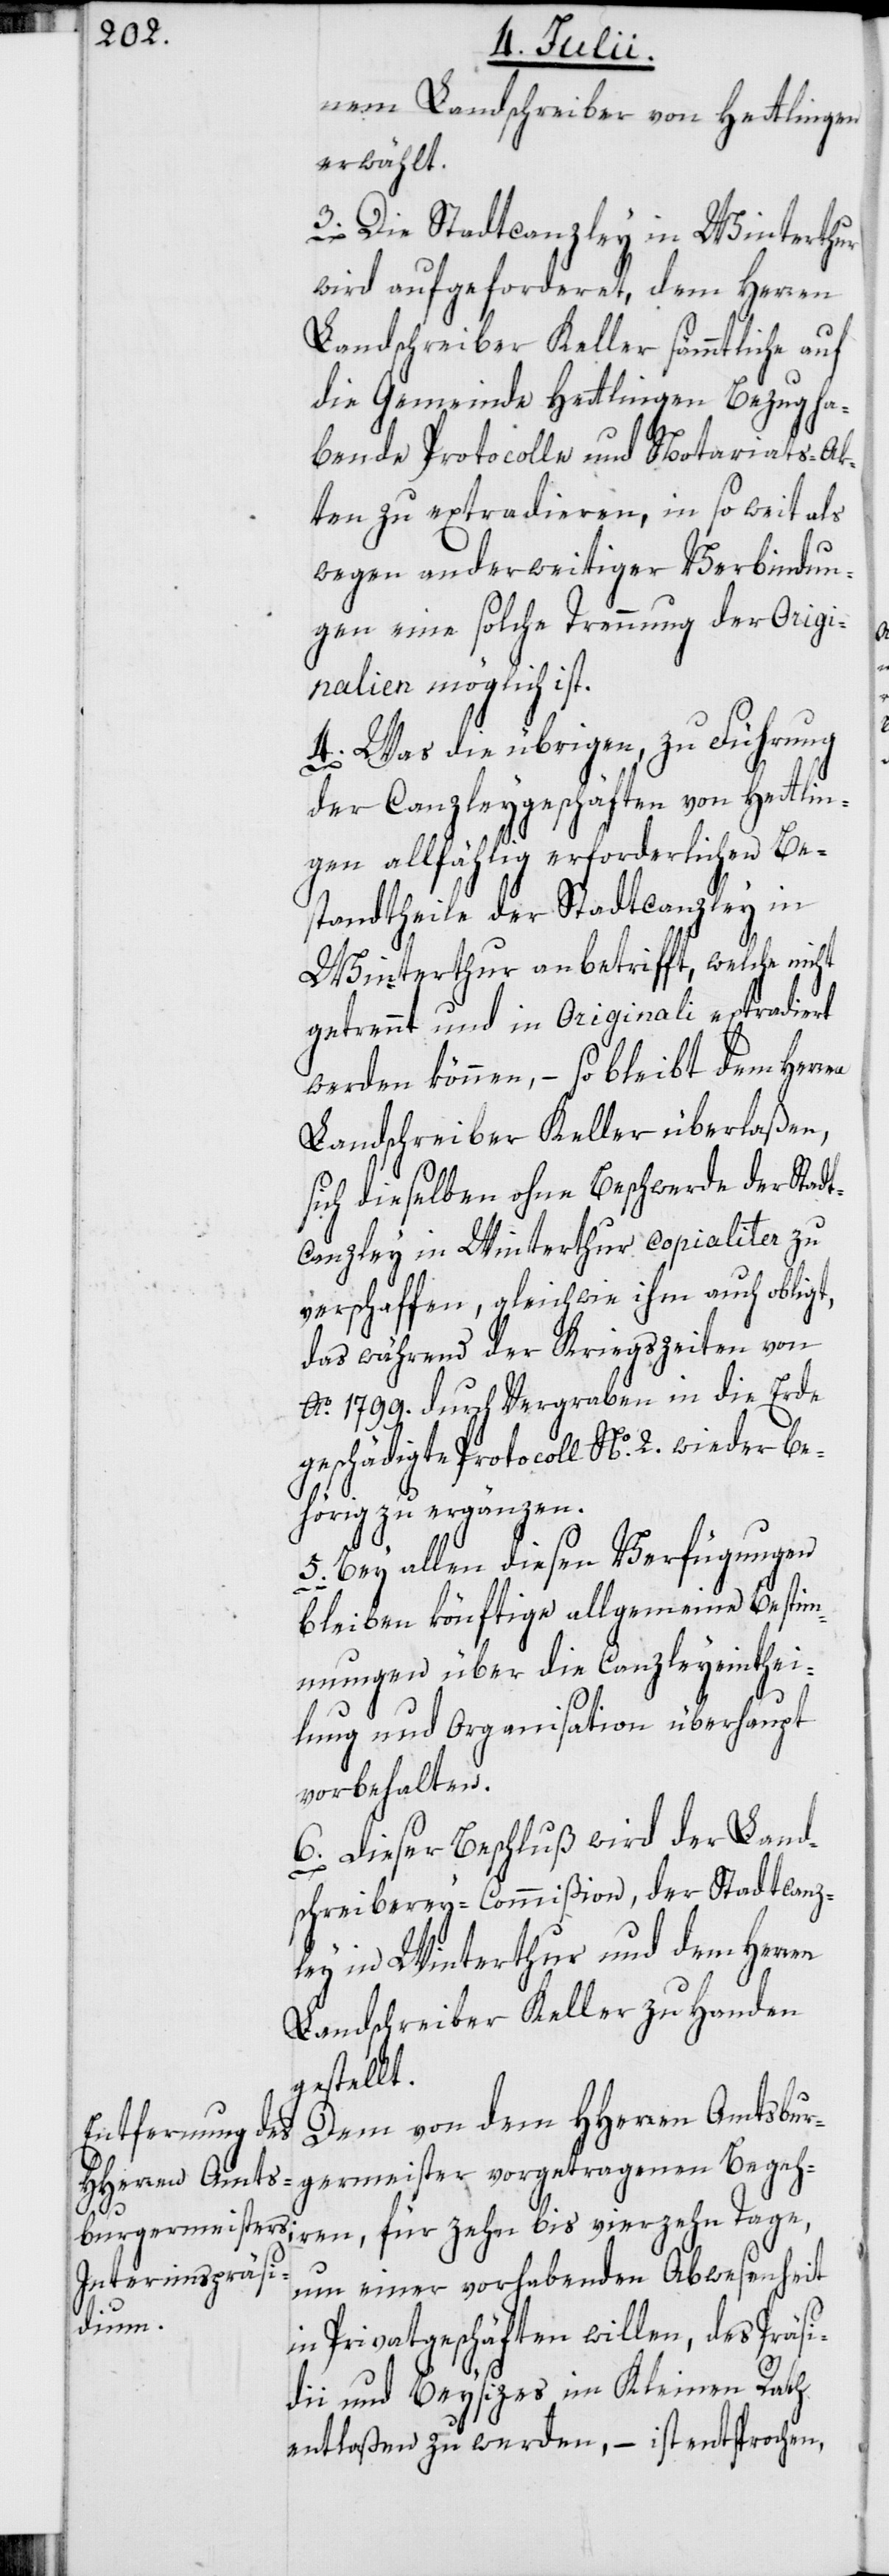
nem Landschreiber von Hettlingen
erwählt.
3. Die Stadtcanzley in Winterthur
wird aufgeforderet, dem Herren
Landschreiber Keller sämmtliche auf
die Gemeinde Hettlingen Bezug ha¬
bende Protocolle und Notariats-Ak¬
ten zu extradieren, in so weit als
wegen anderweitiger Verbindun¬
gen eine solche Trennung der Origi¬
nalien möglich ist.
4. Was die übrigen, zu Führung
en,
der Canzleygeschäften von Hettlin¬
gen allfählig erforderlichen Be¬
standtheile der Stadtcanzley in
Winterthur anbetrifft, welche nicht
getrennt und in Originali extradiert
werden können, – so bleibt dem Herren
Landschreiber Keller überlaßen,
sich dieselben ohne Beschwerde der Stadt¬
canzley in Winterthur copialiter zu
verschaffen, gleichwie ihm auch obligt,
das während der Kriegszeiten von
Ao. 1799. durch Vergraben in die Erde
geschädigte Protocoll No. 2. wieder be¬
hörig zu ergänzen.
5. Bey allen diesen Verfügungen
bleiben könftige allgemeine Bestim¬
mungen über die Canzleyeinthei¬
lung und Organisation überhaupt
vorbehalten.
6. Dieser Beschluß wird der Land¬
schreiberey-Commißion, der Stadtcanz¬
ley in Winterthur und dem Herren
Landschreiber Keller zu Handen
gestellt.
Dem von dem HHerren Amtsbur¬
germeister vorgetragenen Begehr¬
um einer vorhabenden Abwesenheit
in Privatgeschäften willen, des Präsi¬
dii und Beysizes im Kleinen Rath
entlaßen zu werden, – ist entsprochen,